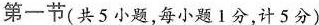
A。 B。 C。第一节(共5小题，每小题Ⅰ分，计5分)